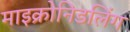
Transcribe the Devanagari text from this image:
माइक्रोनिडलिंग